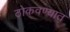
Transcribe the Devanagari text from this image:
ठोकवण्यात